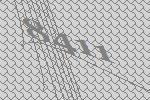
8411